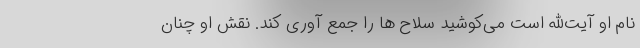
نام او آیت‌الله است می‌کوشید سلاح ها را جمع آوری کند. نقش او چنان